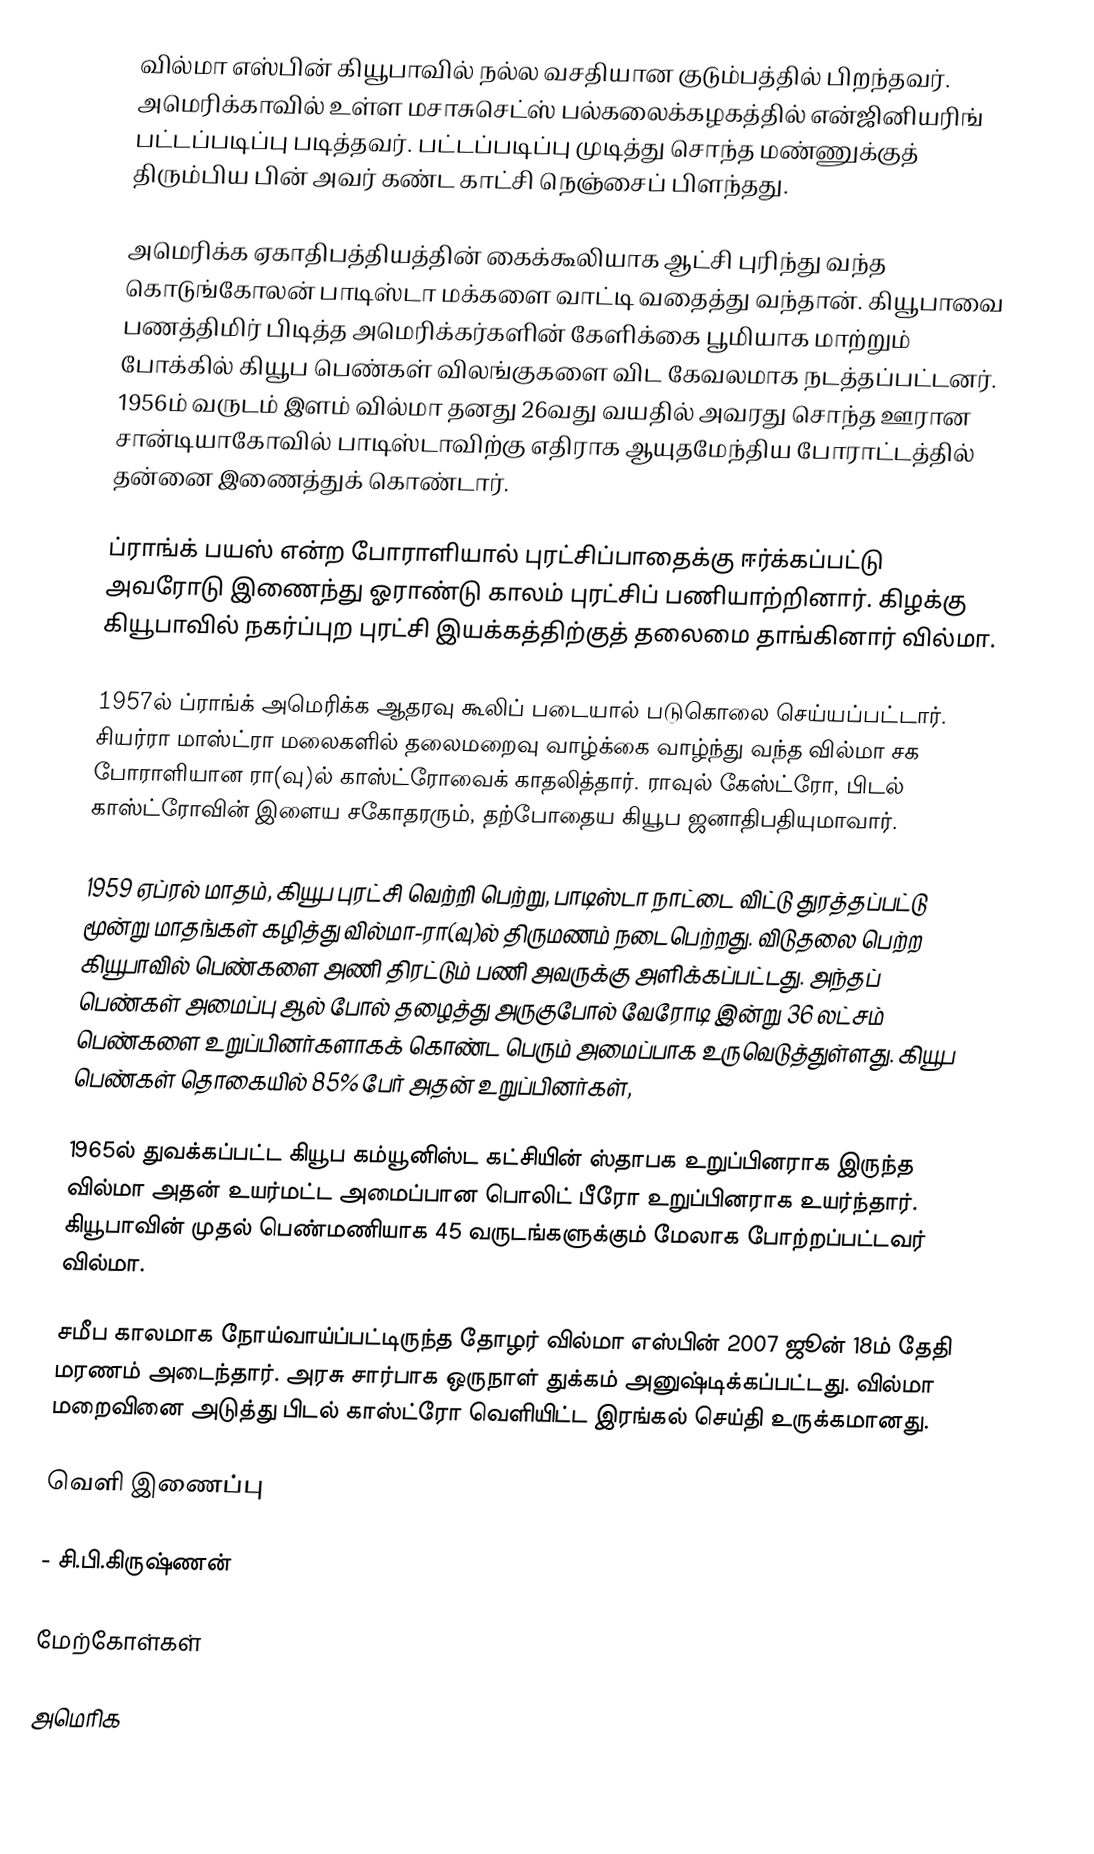
வில்மா எஸ்பின் கியூபாவில் நல்ல வசதியான குடும்பத்தில் பிறந்தவர். அமெரிக்காவில் உள்ள மசாசுசெட்ஸ் பல்கலைக்கழகத்தில் என்ஜினியரிங் பட்டப்படிப்பு படித்தவர். பட்டப்படிப்பு முடித்து சொந்த மண்ணுக்குத் திரும்பிய பின் அவர் கண்ட காட்சி நெஞ்சைப் பிளந்தது.

அமெரிக்க ஏகாதிபத்தியத்தின் கைக்கூலியாக ஆட்சி புரிந்து வந்த கொடுங்கோலன் பாடிஸ்டா மக்களை வாட்டி வதைத்து வந்தான். கியூபாவை பணத்திமிர் பிடித்த அமெரிக்கர்களின் கேளிக்கை பூமியாக மாற்றும் போக்கில் கியூப பெண்கள் விலங்குகளை விட கேவலமாக நடத்தப்பட்டனர். 1956ம் வருடம் இளம் வில்மா தனது 26வது வயதில் அவரது சொந்த ஊரான சான்டியாகோவில் பாடிஸ்டாவிற்கு எதிராக ஆயுதமேந்திய போராட்டத்தில் தன்னை இணைத்துக் கொண்டார்.

ப்ராங்க் பயஸ் என்ற போராளியால் புரட்சிப்பாதைக்கு ஈர்க்கப்பட்டு அவரோடு இணைந்து ஓராண்டு காலம் புரட்சிப் பணியாற்றினார். கிழக்கு கியூபாவில் நகர்ப்புற புரட்சி இயக்கத்திற்குத் தலைமை தாங்கினார் வில்மா.

1957ல் ப்ராங்க் அமெரிக்க ஆதரவு கூலிப் படையால் படுகொலை செய்யப்பட்டார். சியர்ரா மாஸ்ட்ரா மலைகளில் தலைமறைவு வாழ்க்கை வாழ்ந்து வந்த வில்மா சக போராளியான ரா(வு)ல் காஸ்ட்ரோவைக் காதலித்தார். ராவுல் கேஸ்ட்ரோ, பிடல் காஸ்ட்ரோவின் இளைய சகோதரரும், தற்போதைய கியூப ஜனாதிபதியுமாவார்.

1959 ஏப்ரல் மாதம், கியூப புரட்சி வெற்றி பெற்று, பாடிஸ்டா நாட்டை விட்டு துரத்தப்பட்டு மூன்று மாதங்கள் கழித்து வில்மா-ரா(வு)ல் திருமணம் நடைபெற்றது. விடுதலை பெற்ற கியூபாவில் பெண்களை அணி திரட்டும் பணி அவருக்கு அளிக்கப்பட்டது. அந்தப் பெண்கள் அமைப்பு ஆல் போல் தழைத்து அருகுபோல் வேரோடி இன்று 36 லட்சம் பெண்களை உறுப்பினர்களாகக் கொண்ட பெரும் அமைப்பாக உருவெடுத்துள்ளது. கியூப பெண்கள் தொகையில் 85% பேர் அதன் உறுப்பினர்கள்,

1965ல் துவக்கப்பட்ட கியூப கம்யூனிஸ்ட கட்சியின் ஸ்தாபக உறுப்பினராக இருந்த வில்மா அதன் உயர்மட்ட அமைப்பான பொலிட் பீரோ உறுப்பினராக உயர்ந்தார். கியூபாவின் முதல் பெண்மணியாக 45 வருடங்களுக்கும் மேலாக போற்றப்பட்டவர் வில்மா.

சமீப காலமாக நோய்வாய்ப்பட்டிருந்த தோழர் வில்மா எஸ்பின் 2007 ஜூன் 18ம் தேதி மரணம் அடைந்தார். அரசு சார்பாக ஒருநாள் துக்கம் அனுஷ்டிக்கப்பட்டது. வில்மா மறைவினை அடுத்து பிடல் காஸ்ட்ரோ வெளியிட்ட இரங்கல் செய்தி உருக்கமானது.

வெளி இணைப்பு

- சி.பி.கிருஷ்ணன்

மேற்கோள்கள்

அமெரிக